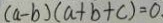
( a - b ) ( a + b + c ) = 0 .